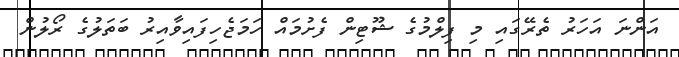
އަންނަ އަހަރު ތެރޭގައި މި ފިލްމުގެ ޝޫޓިން ފެށުމައް ހަމަޖެހިފައިވާއިރު ބަތަލުގެ ރޯލުން